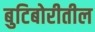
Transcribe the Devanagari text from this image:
बुटिबोरीतील